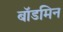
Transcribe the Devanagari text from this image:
बॉडमिन